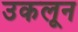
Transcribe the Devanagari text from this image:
उकलून